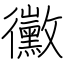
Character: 黴